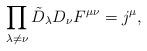
LaTeX: \begin{align*}\prod_{\lambda\ne\nu}\tilde D_\lambda D_\nu F^{\mu\nu}=j^\mu,\end{align*}